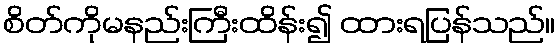
စိတ်ကိုမနည်းကြီးထိန်း၍ ထားရပြန်သည်။